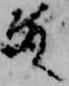
殿